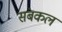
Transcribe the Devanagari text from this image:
संबकल